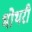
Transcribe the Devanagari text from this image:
भोथरी